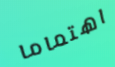
اهتماما